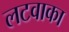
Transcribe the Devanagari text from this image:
लटवाका